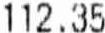
112.35